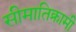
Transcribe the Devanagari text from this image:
सीमातिक्रामी